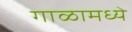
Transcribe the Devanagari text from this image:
गाळामध्ये